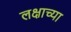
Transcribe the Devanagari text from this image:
लक्षाच्या